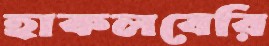
হাকলবেরি